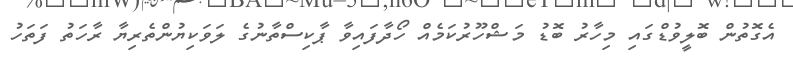
އެގޮތުން ބޮލީވުޑްގައި މިހާރު ބޮޑު މަޝްހޫރުކަމެއް ހޯދާފައިވާ ޕާކިސްތާނުގެ ލަވަކިޔުންތެރިޔާ ރާހަތު ފަތަހު